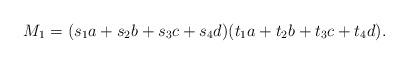
LaTeX: \begin{align*}M_1=(s_ 1 a +s_2b + s_3 c + s_4 d) (t_1a +t_2b + t_3c + t_4d).\end{align*}